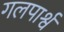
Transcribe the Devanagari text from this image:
गलपार्श्व